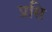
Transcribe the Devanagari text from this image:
प्रसि